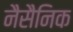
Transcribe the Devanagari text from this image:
नैसैनिक